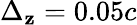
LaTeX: \Delta_{\mathbf{z}}=0.05c